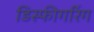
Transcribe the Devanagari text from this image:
डिस्फीगरिंग